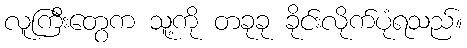
လူကြီးတွေက သူ့ကို တခုခု ခိုင်းလိုက်ပုံရသည်။